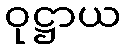
ဝုဋ္ဌာယ